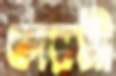
ফারসী